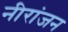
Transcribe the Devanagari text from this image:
नीरांजन